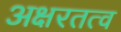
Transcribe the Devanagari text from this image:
अक्षरतत्व